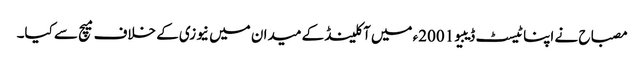
مصباح نے اپنا ٹیسٹ ڈیبیو 2001ء میں آکلینڈ کے میدان میں نیوزی کے خلاف میچ سے کیا۔